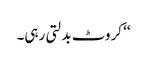
‘‘ کروٹ بدلتی رہی۔